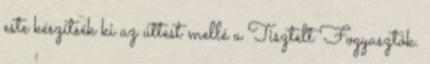
este készítsék ki az úttest mellé a Tisztelt Fogyasztók.